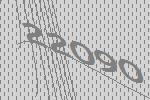
22090